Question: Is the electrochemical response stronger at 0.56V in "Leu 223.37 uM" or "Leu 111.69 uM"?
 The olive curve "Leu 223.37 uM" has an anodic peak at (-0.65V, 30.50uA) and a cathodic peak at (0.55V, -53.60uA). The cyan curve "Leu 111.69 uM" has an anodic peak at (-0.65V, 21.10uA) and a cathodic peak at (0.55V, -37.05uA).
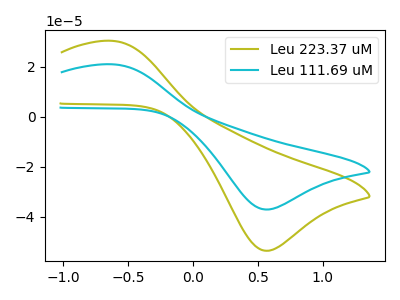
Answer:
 <answer>The peak at 0.56V is higher in "Leu 223.37 uM" than in "Leu 111.69 uM".</answer>
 <eval>higher</eval>